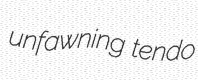
unfawning tendo